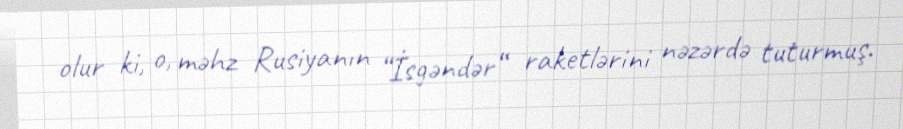
olur ki, o, məhz Rusiyanın “İsgəndər“ raketlərini nəzərdə tuturmuş.